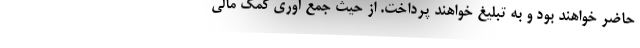
حاضر خواهند بود و به تبلیغ خواهند پرداخت. از حیث جمع آوری کمک مالی